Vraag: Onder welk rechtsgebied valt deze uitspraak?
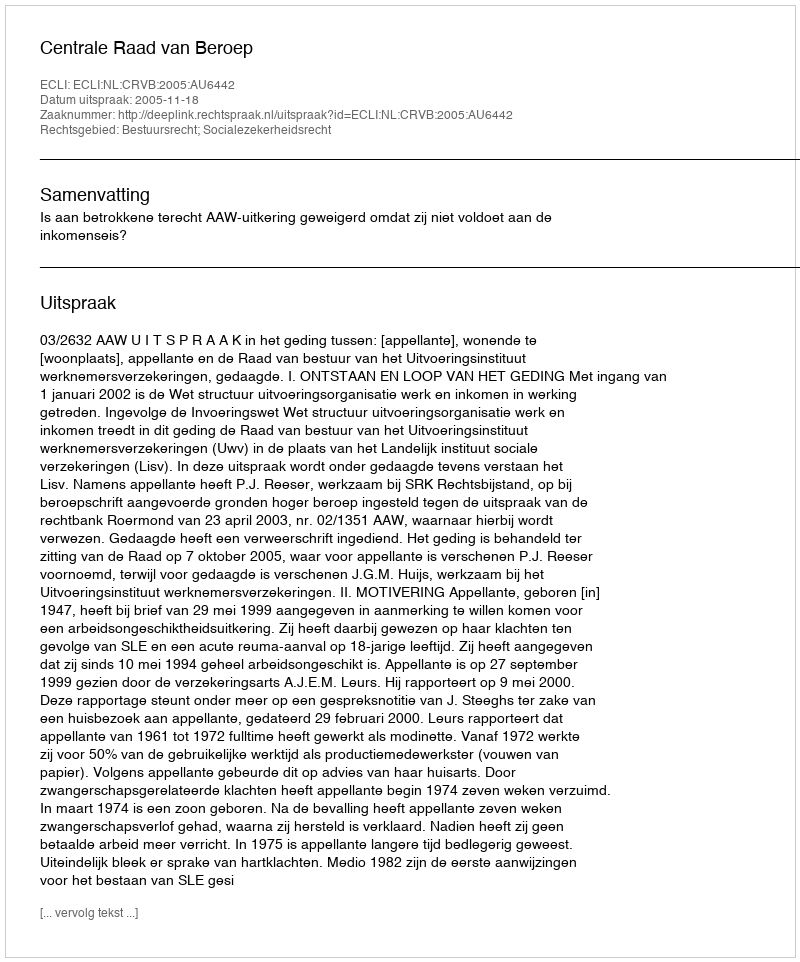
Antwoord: Bestuursrecht; Socialezekerheidsrecht